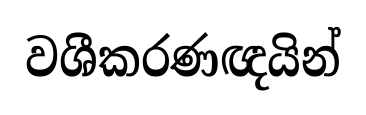
වශීකරණඥයින්